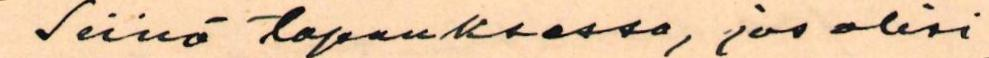
Siinä tapauksessa, jos olisi